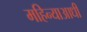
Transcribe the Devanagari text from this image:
महिन्याआधी